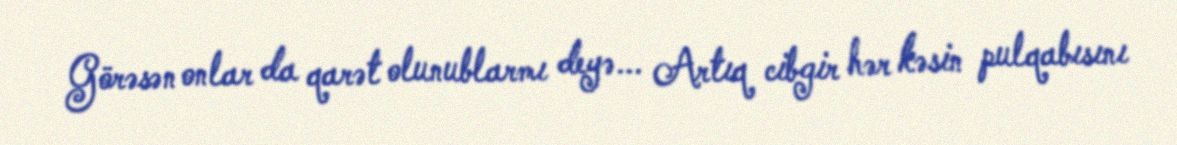
Görəsən onlar da qarət olunublarmı deyə... Artıq cibgir hər kəsin pulqabısını